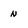
Character: n